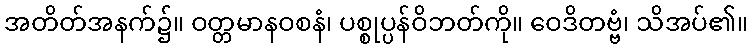
အတိတ်အနက်၌။ ဝတ္တမာနဝစနံ၊ ပစ္စုပ္ပန်ဝိဘတ်ကို။ ဝေဒိတဗ္ဗံ၊ သိအပ်၏။